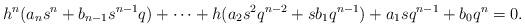
LaTeX: \begin{align*} h^{n}(a_{n}s^{n}+b_{n-1}s^{n-1}q)+\cdots+h(a_{2}s^{2}q^{n-2}+sb_{1}q^{n-1})+a_{1}sq^{n-1}+b_{0}q^{n}=0.\end{align*}